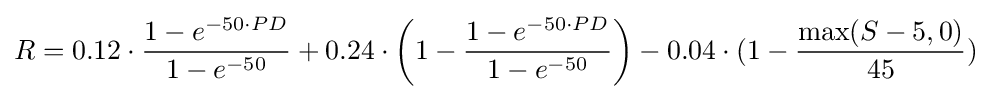
R=0.12\cdot {\frac {1-e^{-50\cdot PD}}{1-e^{-50}}}+0.24\cdot \left(1-{\frac {1-e^{-50\cdot PD}}{1-e^{-50}}}\right)-0.04\cdot (1-{\frac {\max(S-5,0)}{45}})